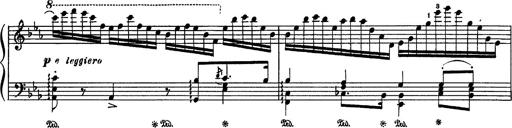
Title: Fantaisie sur des motifs favoris de l'opÃ©ra 'La sonnambula'
Composer: Franz Liszt